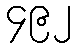
၄၉၂